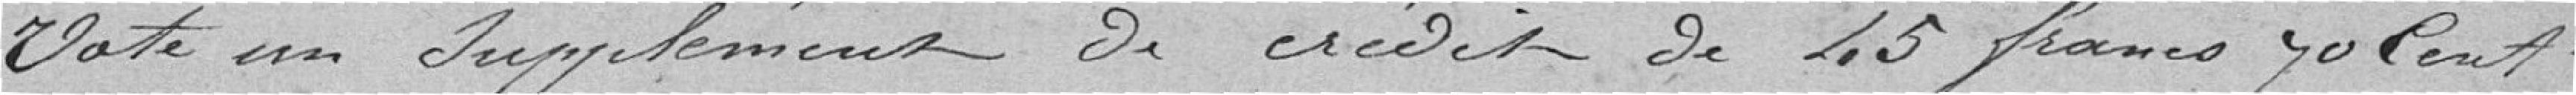
Vote un supplément de crédit de 45 francs 70 centimes